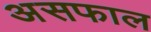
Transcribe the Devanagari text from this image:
असफाल